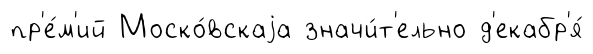
пр'е́м'ий Моско́вскаjа значи́т'ельно д'екабр'я́